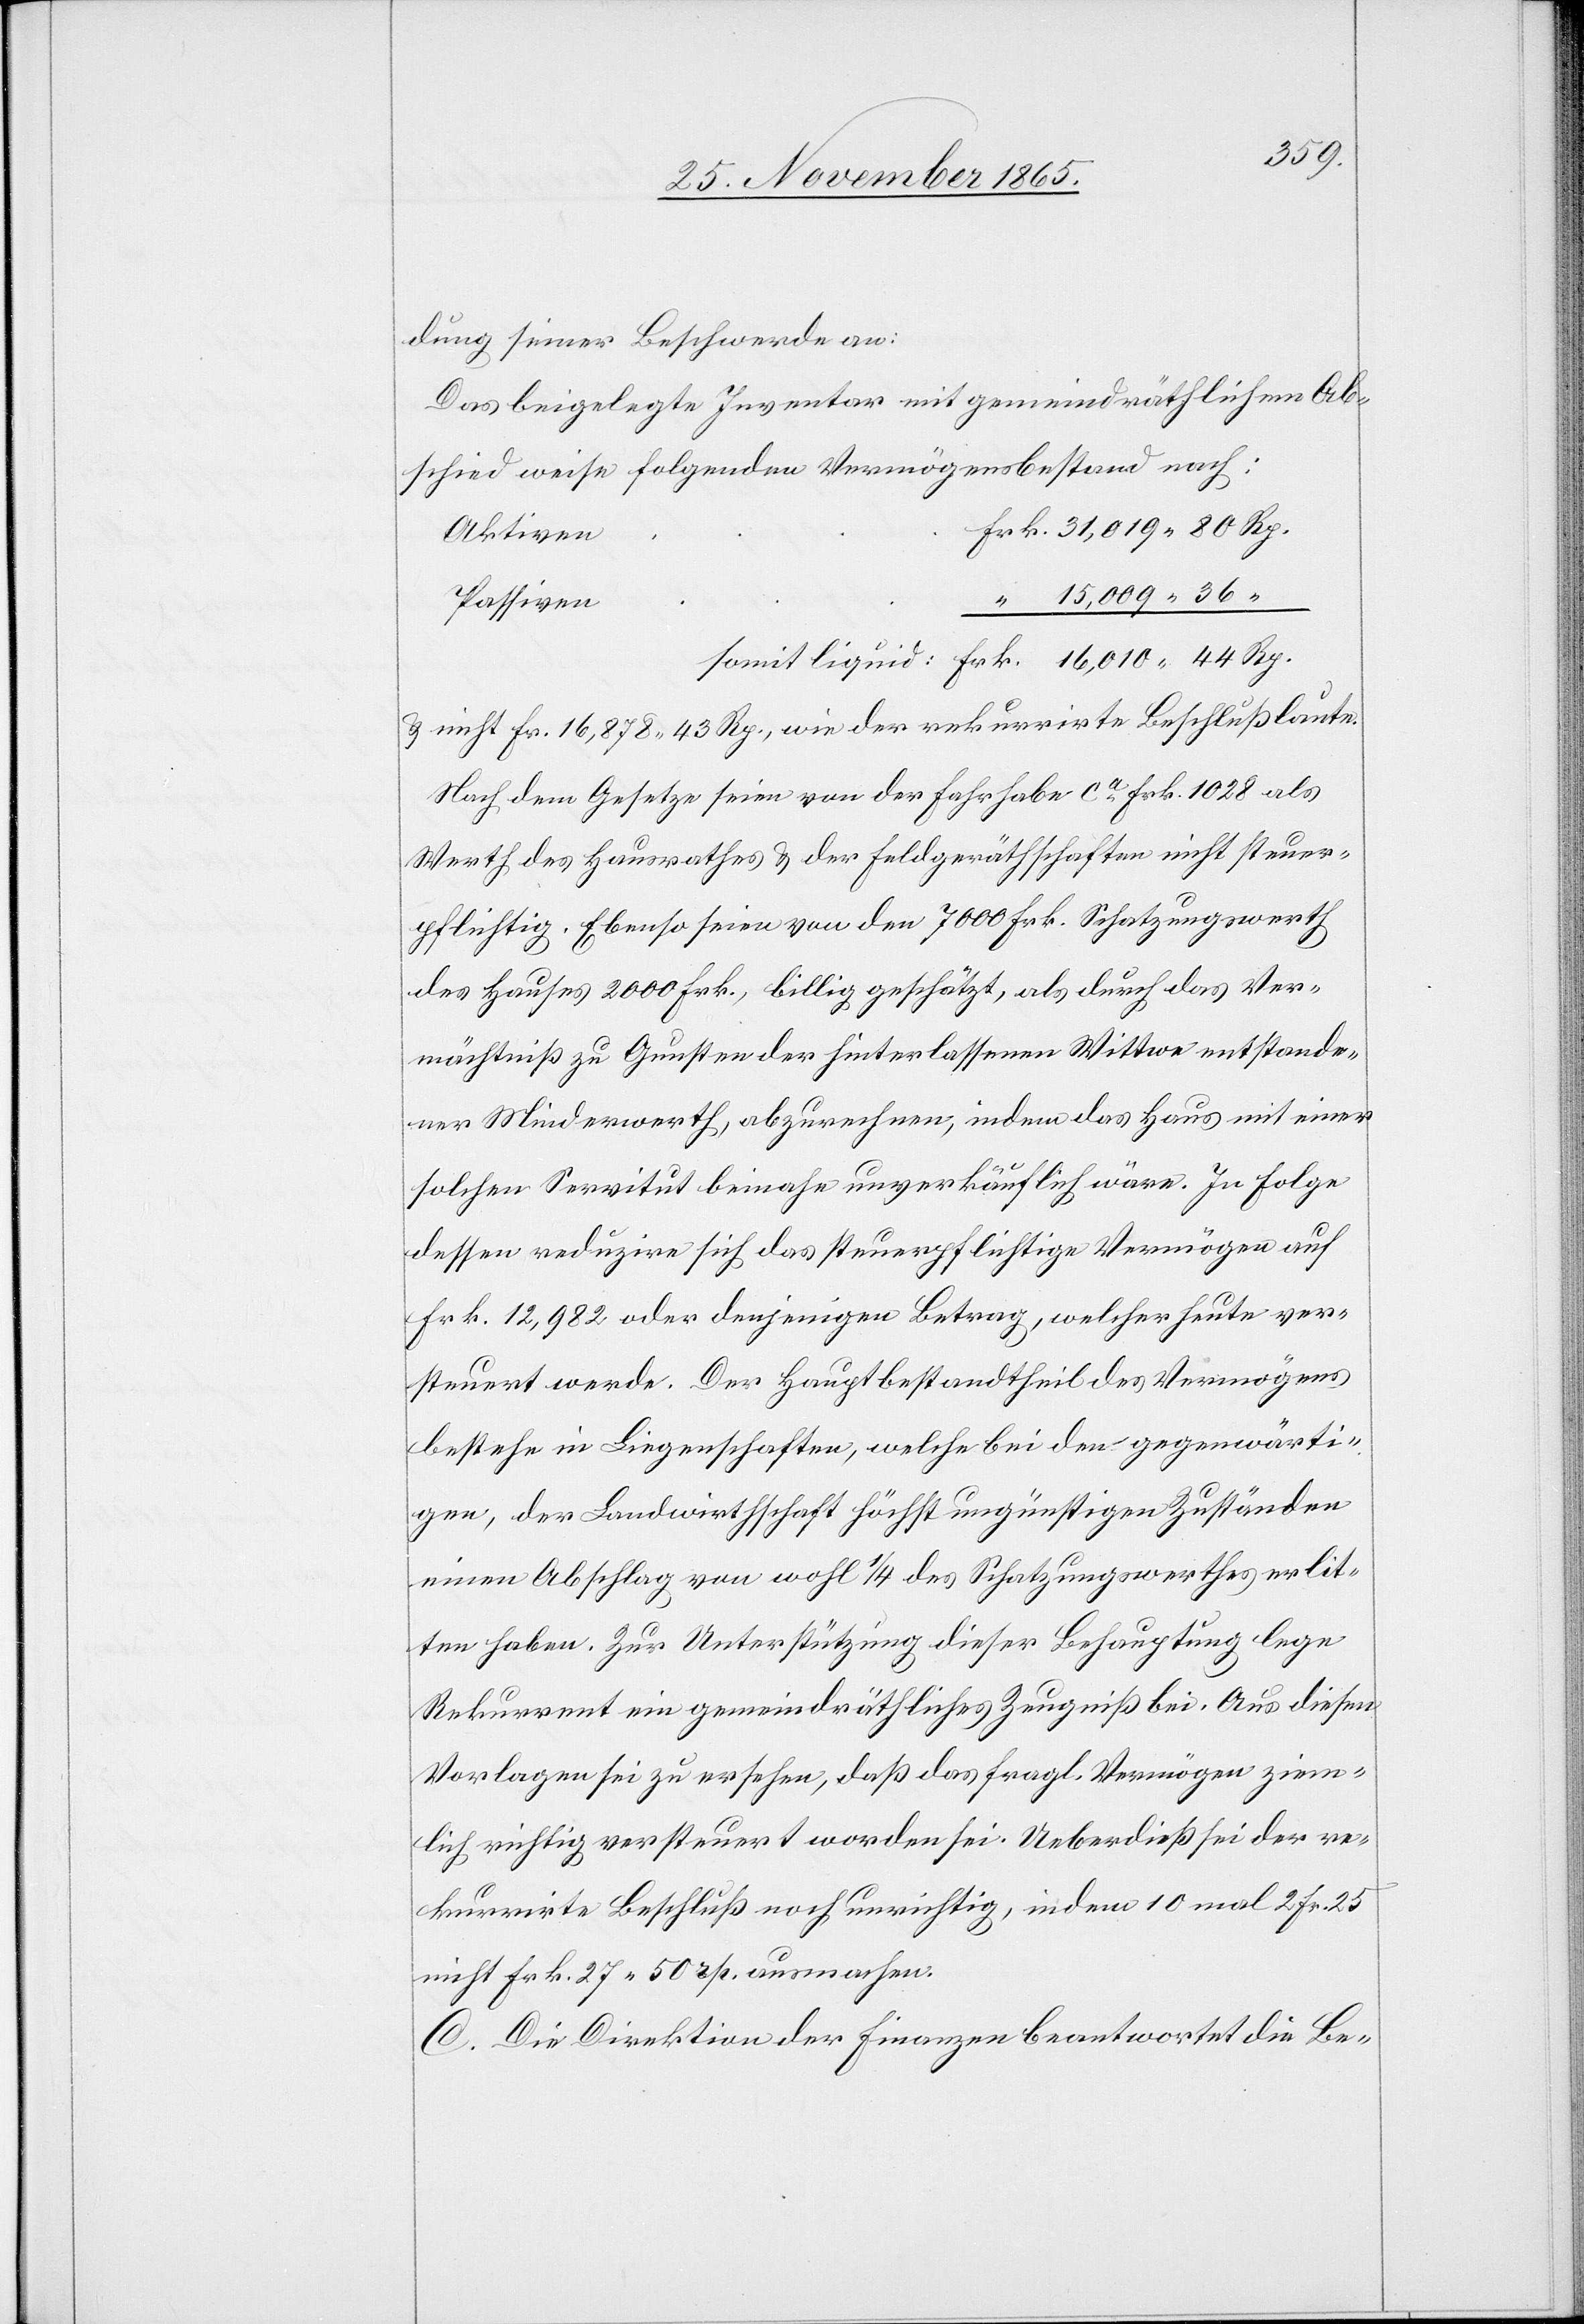
dung seiner Beschwerde an:
Das beigelegte Inventar mit gemeindräthlichem Ab¬
schied weise folgenden Vermögensbestand nach:
Aktiven
15,009.36
Passiven
& nicht Fr. 16,878 43 Rp., wie der rekurrirte Beschluß laute.
Nach dem Gesetze seien von der Fahrhabe ca Frk. 1028 als
Werth des Hausrathes & der Feldgeräthschaften nicht steuer¬
pflichtig. Ebenso seien von den 7000 Frk. Schatzungswerth
des Hauses 2000 Frk., billig geschätzt, als durch das Ver¬
mächtniß zu Gunsten der hinterlassenen Wittwe entstande¬
ner Minderwerth, abzurechnen, indem das Haus mit einer
solchen Servitut beinahe unverkäuflich wäre. In Folge
dessen reduzire sich das steuerpflichtige Vermögen auf
Frk. 12,982 oder denjenigen Betrag, welche heute ver¬
steuert werde. Der Hauptbestandtheil des Vermögens
bestehe in Liegenschaften, welche bei den gegenwärti¬
gen, der Landwirthschaft höchst ungünstigen Zuständen
einen Abschlag von wohl 1/4 des Schatzungswerthes erlit¬
ten haben. Zur Unterstützung dieser Behauptung lege
Rekurrent ein gemeindräthliches Zeugniß bei. Aus diesen
Vorlagen sei zu ersehen, daß das fragl. Vermögen ziem¬
lich richtig versteuert worden sei. Ueberdieß sei der re¬
kurrirte Beschluß noch unrichtig, indem 10 mal 2. Fr. 25
nicht Frk. 27 50 Rp. ausmachen.
C. Die Direktion der Finanzen beantwortet die Be-